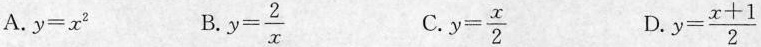
A.$$y = x ^ { 2 }$$ B.$$y = \frac { 2 } { x }$$ C. $$y = \frac { x } { 2 }$$ D. $$y = \frac { x + 1 } { 2 }$$